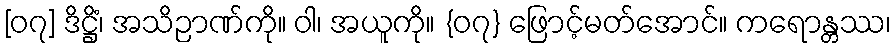
[၀၇] ဒိဋ္ဌိံ၊ အသိဉာဏ်ကို။ ဝါ၊ အယူကို။ {၀၇} ဖြောင့်မတ်အောင်။ ကရောန္တဿ၊